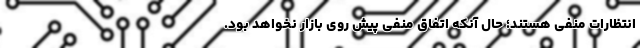
انتظارات منفی هستند؛ حال آنکه اتفاق منفی پیش روی بازار نخواهد بود.